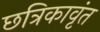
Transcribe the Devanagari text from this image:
छत्रिकावृंत